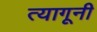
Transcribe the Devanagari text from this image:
त्यागूनी